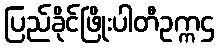
ပြည်ခိုင်ဖြိုးပါတီဥက္ကဌ